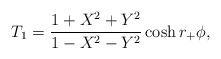
\begin{align*}T_1 = {1+ X^2+ Y^2 \over 1-X^2-Y^2} \cosh r_+\phi,\end{align*}